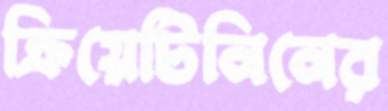
ক্রিয়েটিনিনের